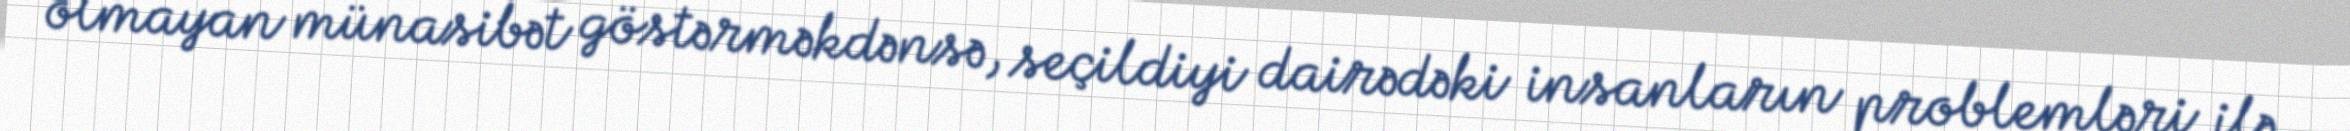
olmayan münasibət göstərməkdənsə, seçildiyi dairədəki insanların problemləri ilə